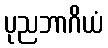
ပုညဘာဂိယံ